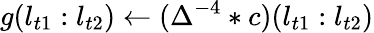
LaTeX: g(l_{t1}:l_{t2})\gets(\Delta^{-4}*c)(l_{t1}:l_{t2})